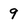
Character: 9